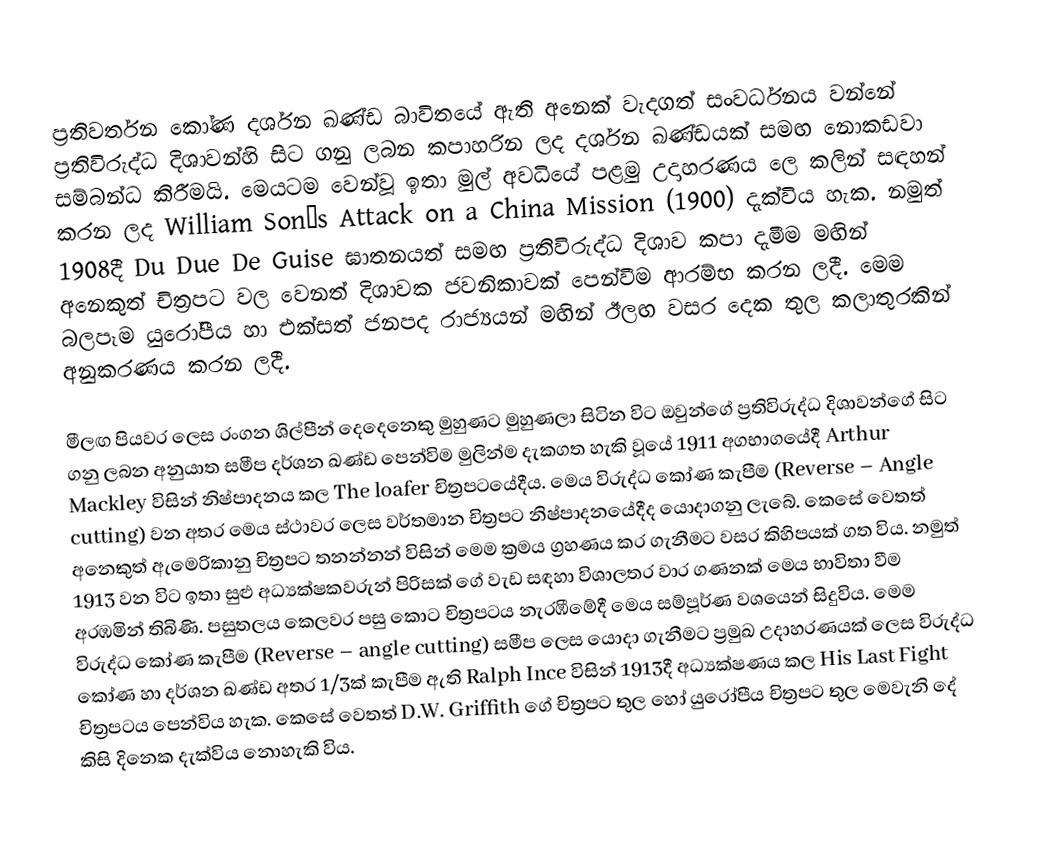
ප්‍රතිවර්තන කෝණ දර්ශන ඛණ්ඩ බාවිතයේ ඇති අනෙක් වැදගත් සංවර්ධනය වන්නේ ප්‍රතිවිරුද්ධ දිශාවන්හි සිට ගනු ලබන කපාහරින ලද දර්ශන ඛණ්ඩයක් සමඟ නොකඩවා සම්බන්ධ කිරීමයි.  මෙයටම වෙන්වූ ඉතා මුල් අවධියේ පළමු උදාහරණය ලෙ කලින් සඳහන් කරන ලද William Son’s Attack on a China Mission (1900) දැක්විය හැක.  නමුත් 1908දී Du Due De Guise ඝාතනයත් සමඟ ප්‍රතිවිරුද්ධ දිශාව කපා දැමීම මඟින් අනෙකුත් චිත්‍රපට වල වෙනත් දිශාවක ජවනිකාවක් පෙන්වීම ආරම්භ කරන ලදී.  මෙම බලපෑම යුරෝපීය හා එක්සත් ජනපද රාජ්‍යයන් මඟින් ඊලඟ වසර දෙක තුල කලාතුරකින් අනුකරණය කරන ලදී.

මීලඟ පියවර ලෙස රංගන ශිල්පීන් ‍දෙදෙනෙකු මුහුණට මුහුණලා සිටින විට ඔවුන්ගේ ප්‍රතිවිරුද්ධ දිශාවන්ගේ සිට ගනු ලබන අනුයාත සමීප දර්ශන ඛණ්ඩ පෙන්විම මුලින්ම දැකගත හැකි වූයේ 1911 අගභාගයේදී Arthur Mackley විසින් නිෂ්පාදනය කල The loafer චිත්‍රපටයේදීය.  මෙය විරුද්ධ කෝණ කැපීම (Reverse – Angle cutting) වන අතර මෙය ස්ථාවර ලෙස වර්තමාන චිත්‍රපට නිෂ්පාදනයේදීද යොදාගනු ලැබේ.  කෙසේ වෙතත් අනෙකුත් ඇමෙරිකානු චිත්‍රපට තනන්නන් විසින් මෙම ක්‍රමය ග්‍රහණය කර ගැනීමට වසර කිහිපයක් ගත විය.  නමුත් 1913 වන විට ඉතා සුළු අධ්‍යක්ෂකවරුන් පිරිසක් ගේ වැඩ සඳහා විශාලතර වාර ගණනක් මෙය භාවිතා වීම අරඹමින් තිබිණි.  පසුතලය කෙලවර පසු කොට චිත්‍රපටය නැරඹීමේදී මෙය සම්පූර්ණ වශයෙන් ‍සිදුවිය.  මෙම විරුද්ධ කෝණ කැපීම (Reverse – angle cutting) සමීප ලෙස යොදා ගැනීමට ප්‍රමුඛ උදාහරණයක් ලෙස විරුද්ධ කෝණ හා දර්ශන ඛණ්ඩ අතර 1/3ක් කැපීම ඇති Ralph Ince විසින් 1913දී අධ්‍යක්ෂණය කල His Last Fight චිත්‍රපටය පෙන්විය හැක.  කෙසේ වෙතත් D.W. Griffith ගේ චිත්‍රපට තුල හෝ යුරෝපීය චිත්‍රපට තුල මෙවැනි දේ කිසි දිනෙක දැක්විය නොහැකි විය.